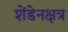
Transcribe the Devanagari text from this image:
शेंडेनक्षत्र